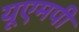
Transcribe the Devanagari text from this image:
यूएमपी